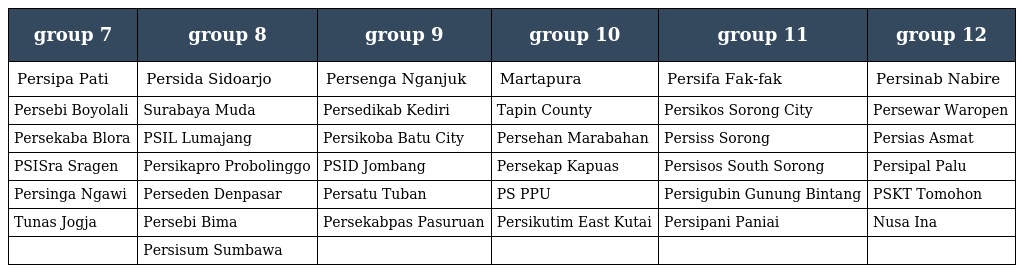
| group 7 | group 8 | group 9 | group 10 | group 11 | group 12 |
 | --- | --- | --- | --- | --- | --- |
 | Persipa Pati | Persida Sidoarjo | Persenga Nganjuk | Martapura | Persifa Fak-fak | Persinab Nabire |
 | Persebi Boyolali | Surabaya Muda | Persedikab Kediri | Tapin County | Persikos Sorong City | Persewar Waropen |
 | Persekaba Blora | PSIL Lumajang | Persikoba Batu City | Persehan Marabahan | Persiss Sorong | Persias Asmat |
 | PSISra Sragen | Persikapro Probolinggo | PSID Jombang | Persekap Kapuas | Persisos South Sorong | Persipal Palu |
 | Persinga Ngawi | Perseden Denpasar | Persatu Tuban | PS PPU | Persigubin Gunung Bintang | PSKT Tomohon |
 | Tunas Jogja | Persebi Bima | Persekabpas Pasuruan | Persikutim East Kutai | Persipani Paniai | Nusa Ina |
 |  | Persisum Sumbawa |  |  |  |  |